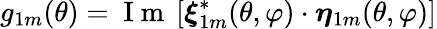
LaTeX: g_{1m}(\theta)=\mathrm{~I~m~}\left[\boldsymbol{\xi}_{1m}^{*}(\theta,\varphi)\cdot\boldsymbol{\eta}_{1m}(\theta,\varphi)\right]